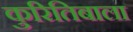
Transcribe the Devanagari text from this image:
कुरितिबाला